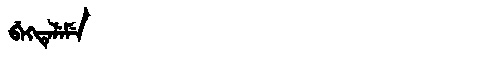
Manchu: ᠪᡝᡴᡨᡝᠯᡝᠮᡝ
Romanization: BEKTELEME